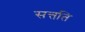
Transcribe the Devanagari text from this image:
सत्तति